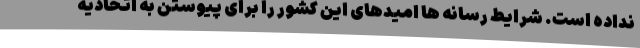
نداده است. شرایط رسانه ها امیدهای این کشور را برای پیوستن به اتحادیه